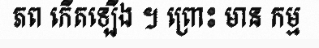
ភព កើតឡើង ។ ព្រោះ មាន កម្ម